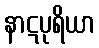
နာဋပုရိယာ